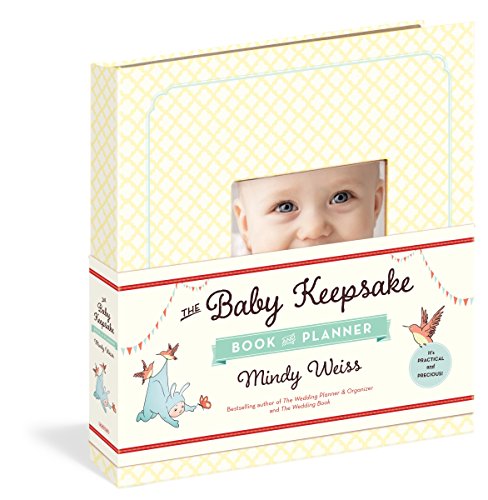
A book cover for The Baby Keepsake Book and Planner; Mindy Weiss; Crafts, Hobbies & Home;